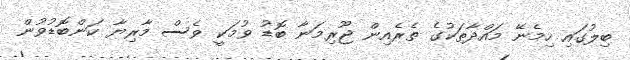
ބިލުގައި ހިމެނޭ މައްދާތަކުގެ ތެރެއިން ޖޫރިމަނާ ބޮޑު ވުމަކީ ވެސް މާރިޔާ ކަންބޮޑުވުން